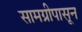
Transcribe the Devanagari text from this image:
सामग्रीपासून